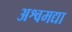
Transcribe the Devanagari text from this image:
अश्वमद्या